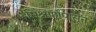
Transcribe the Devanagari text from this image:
मिश्रणांपासून